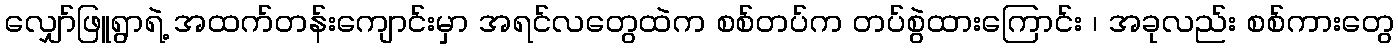
လျှော်ဖြူရွာရဲ့ အထက်တန်းကျောင်းမှာ အရင်လတွေထဲက စစ်တပ်က တပ်စွဲထားကြောင်း ၊ အခုလည်း စစ်ကားတွေ